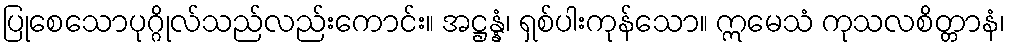
ပြုစေသောပုဂ္ဂိုလ်သည်လည်းကောင်း။ အဋ္ဌန္နံ၊ ရှစ်ပါးကုန်သော။ ဣမေသံ ကုသလစိတ္တာနံ၊